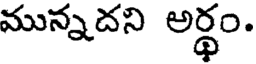
మున్నదని అర్థం.